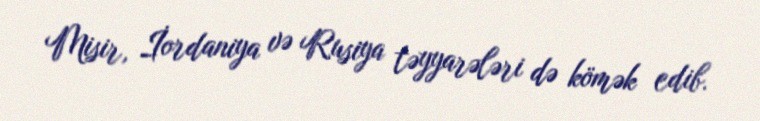
Misir, İordaniya və Rusiya təyyarələri də kömək edib.